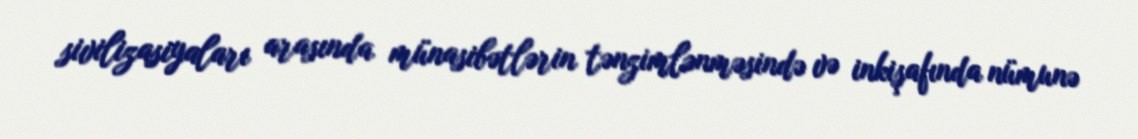
sivilizasiyaları arasında münasibətlərin tənzimlənməsində və inkişafında nümunə